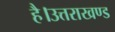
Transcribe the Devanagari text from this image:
है।उत्तराखण्ड